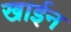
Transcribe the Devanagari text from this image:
खाईन